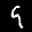
Label: 9